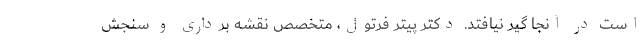
است در آنجا گیر نیافتد. دکتر پیتر فرتول، متخصص نقشه برداری و سنجش